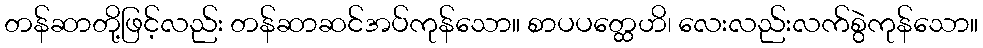
တန်ဆာတို့ဖြင့်လည်း တန်ဆာဆင်အပ်ကုန်သော။ စာပပတ္ထေဟိ၊ လေးလည်းလက်စွဲကုန်သော။